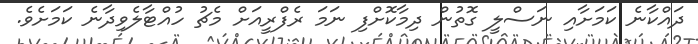
ދައްކާނެ ކަމަށާއި ނަސްލީ ގޮތުން ދިމާކޮށްފި ނަމަ ރެފްރީއަށް މެޗު ހުއްޓާލެވިދާނެ ކަމަށެވެ.